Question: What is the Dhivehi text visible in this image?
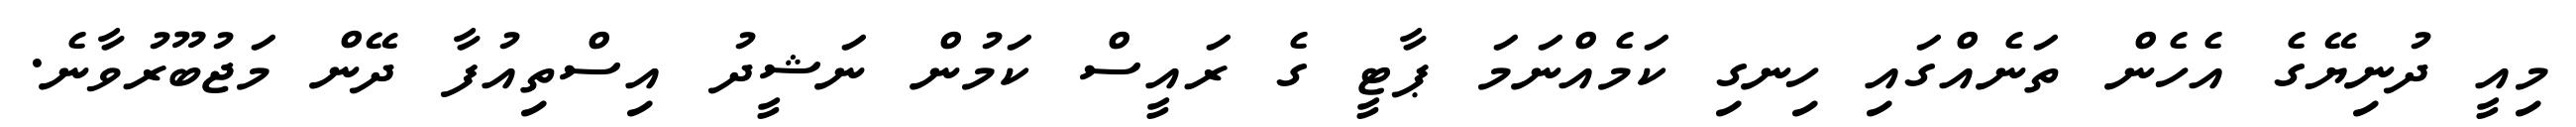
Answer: މިއީ ދުނިޔޭގެ އެހެން ތަނެއްގައި ހިނގި ކަމެއްނަމަ ޕާޓީ ގެ ރައީސް ކަމުން ނަޝީދު އިސްތިއުފާ ދޭން މަޖުބޫރުވާނެ.